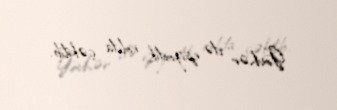
Gövhər də epizodik rolda çəkilib.